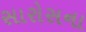
સારોસના